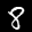
Digit: 8